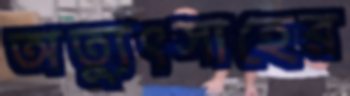
অত্যুৎসাহের